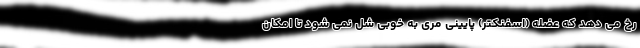
رخ می دهد که عضله (اسفنکتر) پایینی مری به خوبی شل نمی شود تا امکان